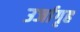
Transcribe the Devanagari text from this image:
उर्जागृह